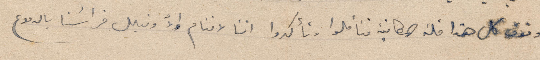
وفوق كل هذا قلة المكاتبة فتأملوا وتأكدوا اننا لا ننام إلّا ونبلل فراشنا بالدموع